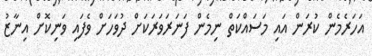
އަހަރެމެން ކުރަން އައި މަސައްކަތް ނިމެން ފަނަރަވަރަކަށް ދުވަހަށް ވެފައި ވަނިކޮށް އިނާޒު